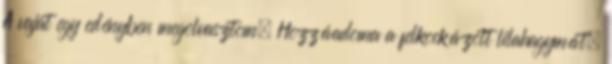
A vajat egy edényben megolvasztom. Hozzáadoma a felkockázott lilahagymát,